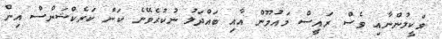
ވަކީލުންނާއި ވެސް ރައީސް މައުމޫން އާއި ބައްދަލު ނުކުރެވޭނެ ކަން ކަރެކްޝަންސް އިން